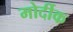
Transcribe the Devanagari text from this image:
मोर्दीक